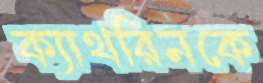
ক্যাথরিনকে